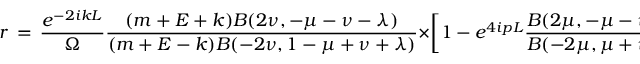
r \, = \, \frac { e ^ { - 2 i k L } } { \Omega } \frac { ( m + E + k ) B ( 2 \nu , - \mu - \nu - \lambda ) } { ( m + E - k ) B ( - 2 \nu , 1 - \mu + \nu + \lambda ) } \times \left[ 1 - e ^ { 4 i p L } \frac { B ( 2 \mu , - \mu - \nu + \lambda ) B ( 2 \mu , - \mu + \nu + \lambda ) } { B ( - 2 \mu , \mu + \nu - \lambda ) B ( - 2 \mu , \mu - \nu - \lambda ) } \right]